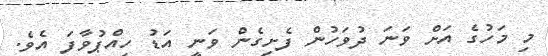
މި މަހުގެ އަށް ވަނަ ދުވަހުން ފެށިގެން ވަނީ އަޑު ހިއްޕުވާފަ އެވެ.